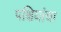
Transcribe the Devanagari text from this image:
पक्षियांचा